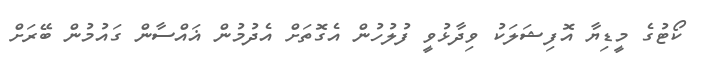
ކޯޓުގެ މީޑިޔާ އޮފިޝަލަކު ވިދާޅުވީ ފުލުހުން އެގޮތަށް އެދުމުން ޣައްސާން ގައުމުން ބޭރަށް